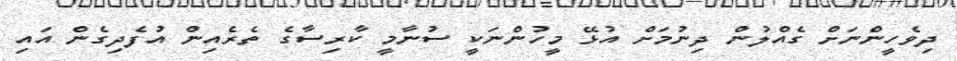
ދިވެހީންނަށް ގެއްލުން ދިނުމަށް އުޅޭ މީހުންނަކީ ސުނާމީ ކާރިސާގެ ތެރެއިން އުފެދިގެން އައި